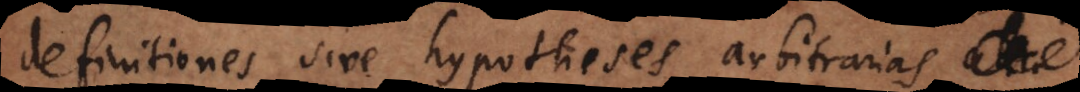
definitiones sive hypotheses arbitrarias